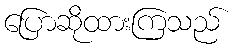
ပြောဆိုထားကြသည်